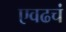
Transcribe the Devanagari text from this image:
एवढचं